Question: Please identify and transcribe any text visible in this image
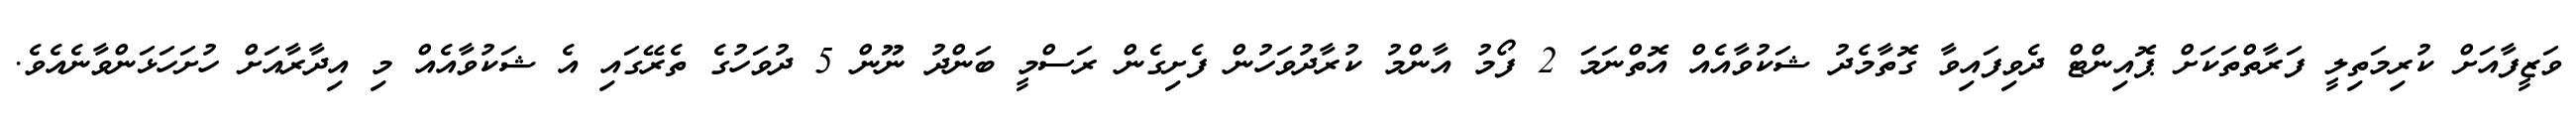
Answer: ވަޒީފާއަށް ކުރިމަތިލީ ފަރާތްތަކަށް ޕޮއިންޓް ދެވިފައިވާ ގޮތާމެދު ޝަކުވާއެއް އޮތްނަމަ 2 ފޯމު އާންމު ކުރާދުވަހުން ފެށިގެން ރަސްމީ ބަންދު ނޫން 5 ދުވަހުގެ ތެރޭގައި އެ ޝަކުވާއެއް މި އިދާރާއަށް ހުށަހަޅަންވާނެއެވެ.